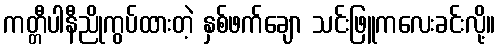
ကတ္တီပါနီညိုကွပ်ထားတဲ့ နှစ်ဖက်ချော သင်းဖြူကလေးခင်းလို့။